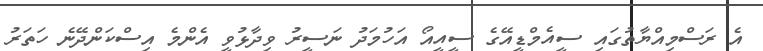
އެ ރަސްމިއްޔާތުގައި ސީއެމްޑީއޭގެ ސީއީއޯ އަހުމަދު ނަސީރު ވިދާޅުވީ އެންމެ އިސްކަންދޭނެ ހަތަރު